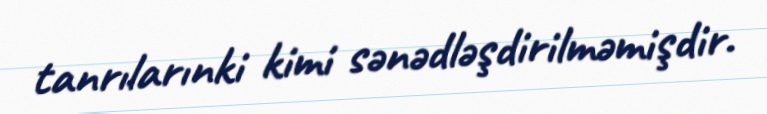
tanrılarınki kimi sənədləşdirilməmişdir.